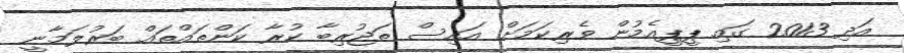
އަދި 2013 ގައި ޕީޕީއެމުން ވެރިކަމަށް އައިސް ތަޖުރިބާ ކުރާ ކަންތައްތައް ބަރުލަމާނީ